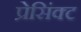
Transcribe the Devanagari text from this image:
प्रेसिंक्ट